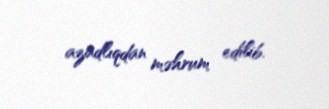
azadlıqdan məhrum edilib.